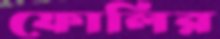
ফোলির